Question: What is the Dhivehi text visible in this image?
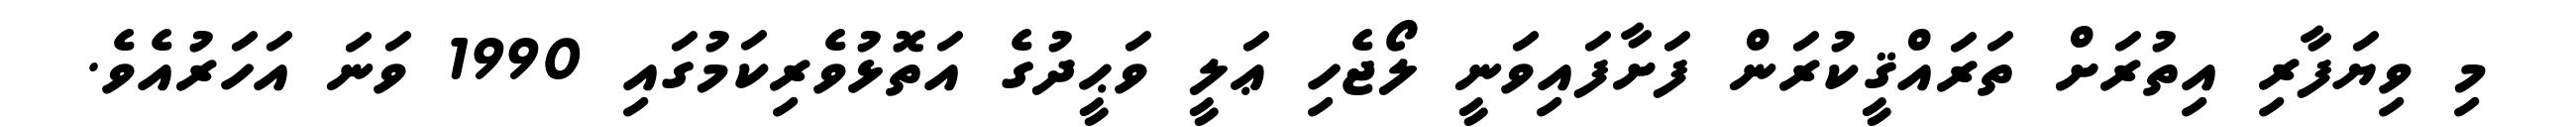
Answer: މި ވިޔަފާރި އިތުރަށް ތަރައްޤީކުރަން ފަށާފައިވަނީ ލޯޖެހި ޢަލީ ވަޙީދުގެ އަތޮޅުވެރިކަމުގައި 1990 ވަނަ އަހަރުއެވެ.